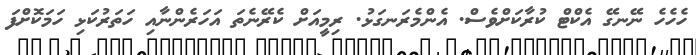
ހެހެހެ ނޭނގޭ އެކްޓް ކުރާކަށްވެސް. އެންމެރަނގަޅު. ރިމީއަށް ކެރޭނެތަ އަހަރެންނާއި ހަތަރުކަޅި ހަމަކޮށްފަ